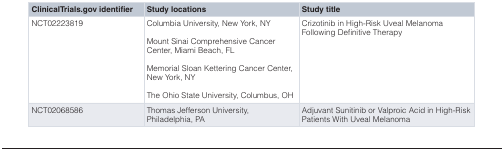
<table><thead><tr><td><b>ClinicalTrials.gov identifier</b></td><td><b>Study locations</b></td><td><b>Study title</b></td></tr></thead><tbody><tr><td>NCT02223819</td><td>Columbia University, New York, NYMount Sinai Comprehensive CancerCenter, Miami Beach, FLMemorial Sloan Kettering Cancer Center,New York, NYThe Ohio State University, Columbus, OH</td><td>Crizotinib in High-Risk Uveal MelanomaFollowing Definitive Therapy</td></tr><tr><td>NCT02068586</td><td>Thomas Jefferson University,Philadelphia, PA</td><td>Adjuvant Sunitinib or Valproic Acid in High-RiskPatients With Uveal Melanoma</td></tr></tbody></table>